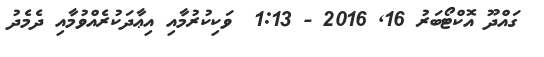
ގައްދޫ އޮކްޓޯބަރު 16